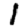
Digit: 1